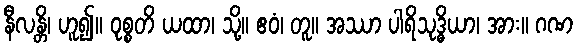
နီလန္တိ၊ ဟူ၍။ ဝုစ္စတိ ယထာ၊ သို့။ ဧဝံ၊ တူ။ အဿာ ပါရိသုဒ္ဓိယာ၊ အား။ ဂဏ